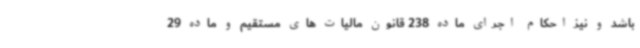
باشد و نیز احکام اجرای ماده 238 قانون مالیات های مستقیم و ماده 29